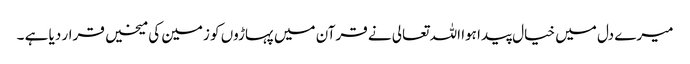
میرے دل میں خیال پیدا ہوا اللہ تعالی نے قرآن میں پہاڑوں کو زمین کی میخیں قرار دیا ہے ۔